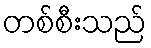
တစ်စီးသည်